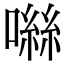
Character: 噝